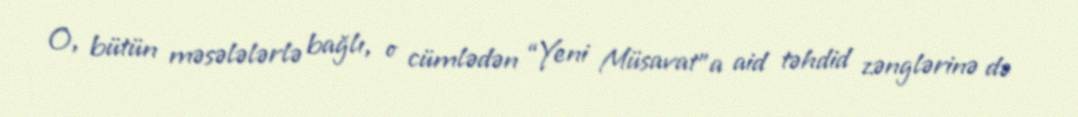
O, bütün məsələlərlə bağlı, o cümlədən “Yeni Müsavat”a aid təhdid zənglərinə də